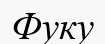
Фуку